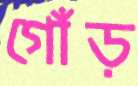
গোঁড়